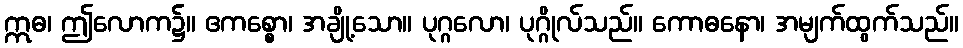
ဣဓ၊ ဤလောက၌။ ဧကစ္စော၊ အချို့သော။ ပုဂ္ဂလော၊ ပုဂ္ဂိုလ်သည်။ ကောဓနော၊ အမျက်ထွက်သည်။